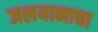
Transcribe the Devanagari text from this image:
जलयानाचा